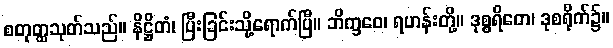
စတုတ္ထသုတ်သည်။ နိဋ္ဌိတံ၊ ပြီးခြင်းသို့ရောက်ပြီ။ ဘိက္ခဝေ၊ ရဟန်းတို့။ ဒုစ္စရိတေ၊ ဒုစရိုက်၌။